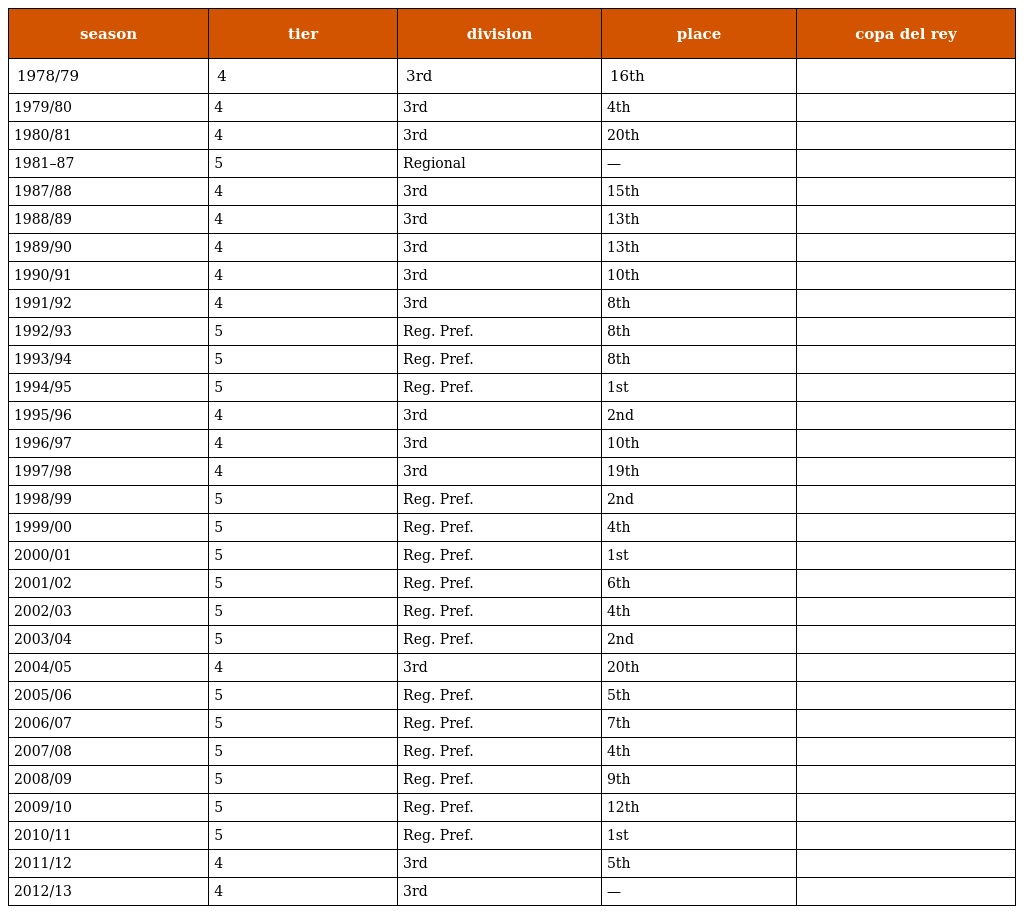
| season | tier | division | place | copa del rey |
 | --- | --- | --- | --- | --- |
 | 1978/79 | 4 | 3rd | 16th |  |
 | 1979/80 | 4 | 3rd | 4th |  |
 | 1980/81 | 4 | 3rd | 20th |  |
 | 1981–87 | 5 | Regional | — |  |
 | 1987/88 | 4 | 3rd | 15th |  |
 | 1988/89 | 4 | 3rd | 13th |  |
 | 1989/90 | 4 | 3rd | 13th |  |
 | 1990/91 | 4 | 3rd | 10th |  |
 | 1991/92 | 4 | 3rd | 8th |  |
 | 1992/93 | 5 | Reg. Pref. | 8th |  |
 | 1993/94 | 5 | Reg. Pref. | 8th |  |
 | 1994/95 | 5 | Reg. Pref. | 1st |  |
 | 1995/96 | 4 | 3rd | 2nd |  |
 | 1996/97 | 4 | 3rd | 10th |  |
 | 1997/98 | 4 | 3rd | 19th |  |
 | 1998/99 | 5 | Reg. Pref. | 2nd |  |
 | 1999/00 | 5 | Reg. Pref. | 4th |  |
 | 2000/01 | 5 | Reg. Pref. | 1st |  |
 | 2001/02 | 5 | Reg. Pref. | 6th |  |
 | 2002/03 | 5 | Reg. Pref. | 4th |  |
 | 2003/04 | 5 | Reg. Pref. | 2nd |  |
 | 2004/05 | 4 | 3rd | 20th |  |
 | 2005/06 | 5 | Reg. Pref. | 5th |  |
 | 2006/07 | 5 | Reg. Pref. | 7th |  |
 | 2007/08 | 5 | Reg. Pref. | 4th |  |
 | 2008/09 | 5 | Reg. Pref. | 9th |  |
 | 2009/10 | 5 | Reg. Pref. | 12th |  |
 | 2010/11 | 5 | Reg. Pref. | 1st |  |
 | 2011/12 | 4 | 3rd | 5th |  |
 | 2012/13 | 4 | 3rd | — |  |